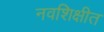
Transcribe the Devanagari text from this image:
नवशिक्षीत